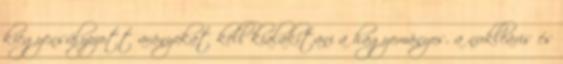
kiegyensúlyozott arányokat kell kialakítani a hagyományos, a nukleáris és